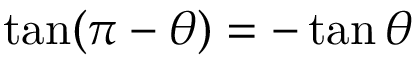
\tan ( \pi - \theta ) = - \tan \theta